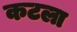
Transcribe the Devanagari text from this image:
कटला